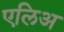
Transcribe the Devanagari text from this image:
एलिअ